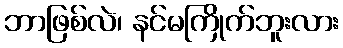
ဘာဖြစ်လဲ၊ နင်မကြိုက်ဘူးလား